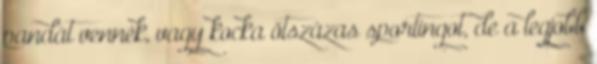
pandát vennék, vagy kocka ötszázas sportingot, de a legjobb